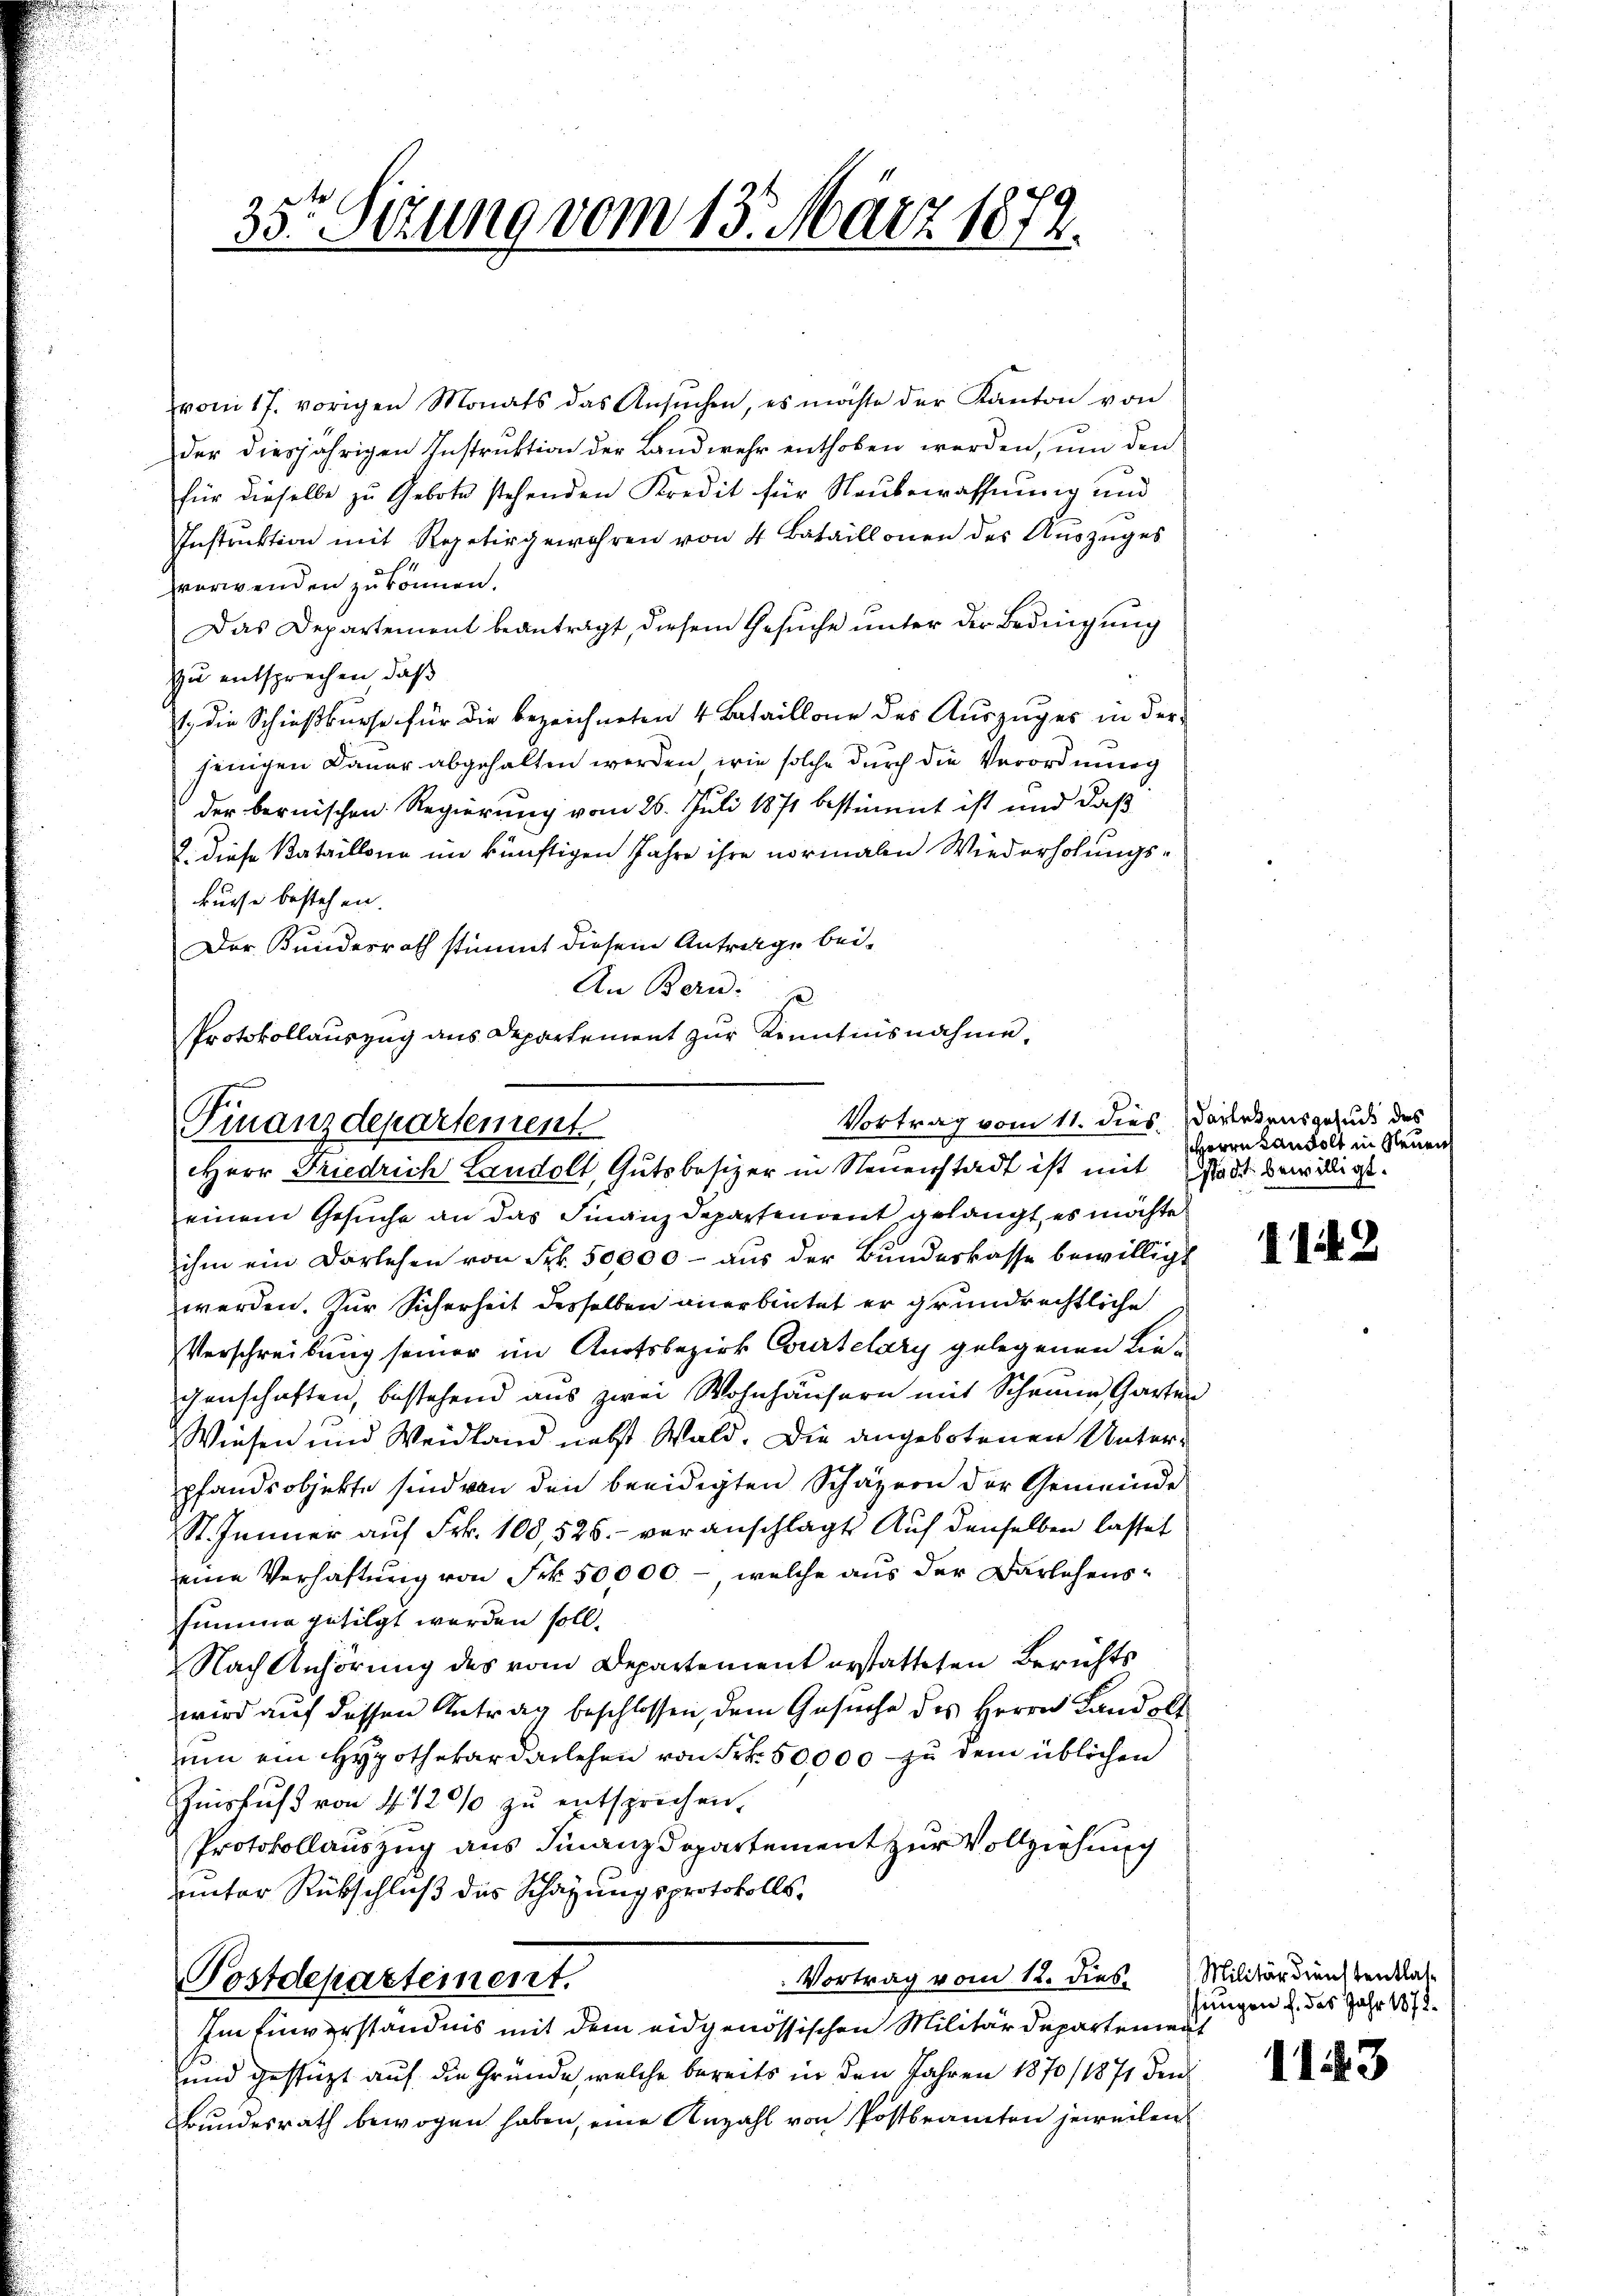
35te Sitzung vom 13. März 1872.

vom 17. vorigen Monats das Ansŭchen, es möchte der Kanton von
der diesjährigen Instruktion der Landwehr enthoben werden, um den
für dieselbe zu Gebote stehenden Kredit für Neubewaffnung und
Instruktion mit Repetir gewähren von 4 Bataillonen des Auszuges
zverwenden zu können.
Das Departement beanträgt, diesem Gesuche unter der Bedingung
zu entsprechen, daß
t. die Schießburse für die bezeichneten 4 Bataillone des Auszuges in der
jenigen Dauer abgehalten werden, wie solche durch die Verordnung
der bernischen Regierung vom 26. Juli 1871 bestimmt ist und daß
2. diese Bataillone im künftigen Jahre ihre normalen Wiederholungskurse bestehen.
Der Bundesrath stimmt diesem Antrage bei-
An Bern.
Protokollauszug aus Departement zur Kenntnisnahme,

Vortrag vom 11. dies Darlebensgesudi des
Finanzdepartement
Herr Friedrich Landolt, Gutsbesizer in Neuenstadt ist mit Stadt bewilligt.

einem Gesuche an das Finanzdepartendent gelangt, es möchte
ihm ein Darlehen von Frk. 50000 - aus der Bundeskasse bewilligt
werden. Zur Sicherheit desselben anerbietet er grundrechtliche
Verschreibung seiner im Anotsbezirk Courtelary gelegenen Liegenschaften, bestehend aus zwei Wohnhäusern mit Scheune, Garten
Wiesen und Weidland nebst Wald. Die angebotenen Unterpfandsobjekte sind von den beeidigten Schäzern der Gemeinde
St. Jenner auf Frk. 108, 525.- veranschlagt Auf denselben lasset
eine Verhaftung von Frk. 50000 - welche aus der Darlehenssumma getilgt werden soll.
Nach Anhörung des vom Departement erstatteten Berichts
wird auf dessen Antrag beschlossen, dem Gesuche des Herrn Landolt
um ein Hypothekardarlehen von Frk. 50000 zu dem üblichen
Zinsfuß von 4 1/2% zu entsprichen,
Protokollauszug aus Finanzdepartement zur Vollziehung
unter Rükschluß das Schätzungsprotokolls,
Vortrag vom 12. dies Militärdienstentlas¬
Postdepartement.
Im Einverständnis mit dem eidgenössischen Militärdepartement
und gestützt auf die Gründe, welche bereits in den Jahren 1870/1871 den
Bundesrath bewogen haben, eine Anzahl von Postbramten jeweilen

Herrn Candolt in Neuen

1142

sungen f. des Jahr 1878.

1143